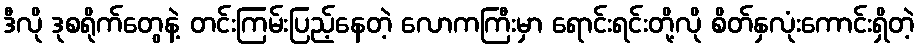
ဒီလို ဒုစရိုက်တွေနဲ့ တင်းကြမ်းပြည့်နေတဲ့ လောကကြီးမှာ ရောင်းရင်းတို့လို စိတ်နှလုံးကောင်းရှိတဲ့